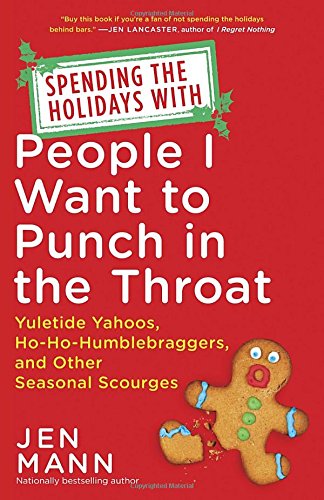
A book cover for Spending the Holidays with People I Want to Punch in the Throat: Yuletide Yahoos, Ho-Ho-Humblebraggers, and Other Seasonal Scourges; Jen Mann; Humor & Entertainment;